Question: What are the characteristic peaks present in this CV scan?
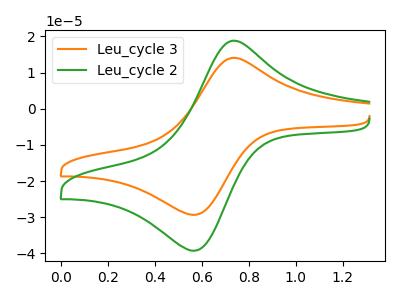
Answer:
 <answer>The orange curve "Leu_cycle 3" has an anodic peak at (0.75V, 14.05uA) and a cathodic peak at (0.55V, -29.40uA). The green curve "Leu_cycle 2" has an anodic peak at (0.75V, 18.80uA) and a cathodic peak at (0.55V, -39.30uA).</answer>
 <eval></eval>